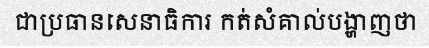
ជាប្រធានសេនាធិការ កត់សំគាល់បង្ហាញថា